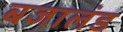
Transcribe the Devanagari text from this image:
बजालंड